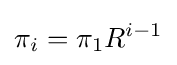
\pi _{i}=\pi _{1}R^{i-1}